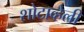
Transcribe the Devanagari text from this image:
शोटाव्हेली